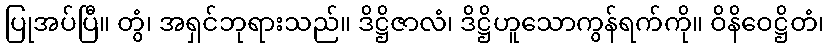
ပြုအပ်ပြီ။ တွံ၊ အရှင်ဘုရားသည်။ ဒိဋ္ဌိဇာလံ၊ ဒိဋ္ဌိဟူသောကွန်ရက်ကို။ ဝိနိဝေဋ္ဌိတံ၊